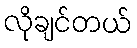
လိုချင်တယ်